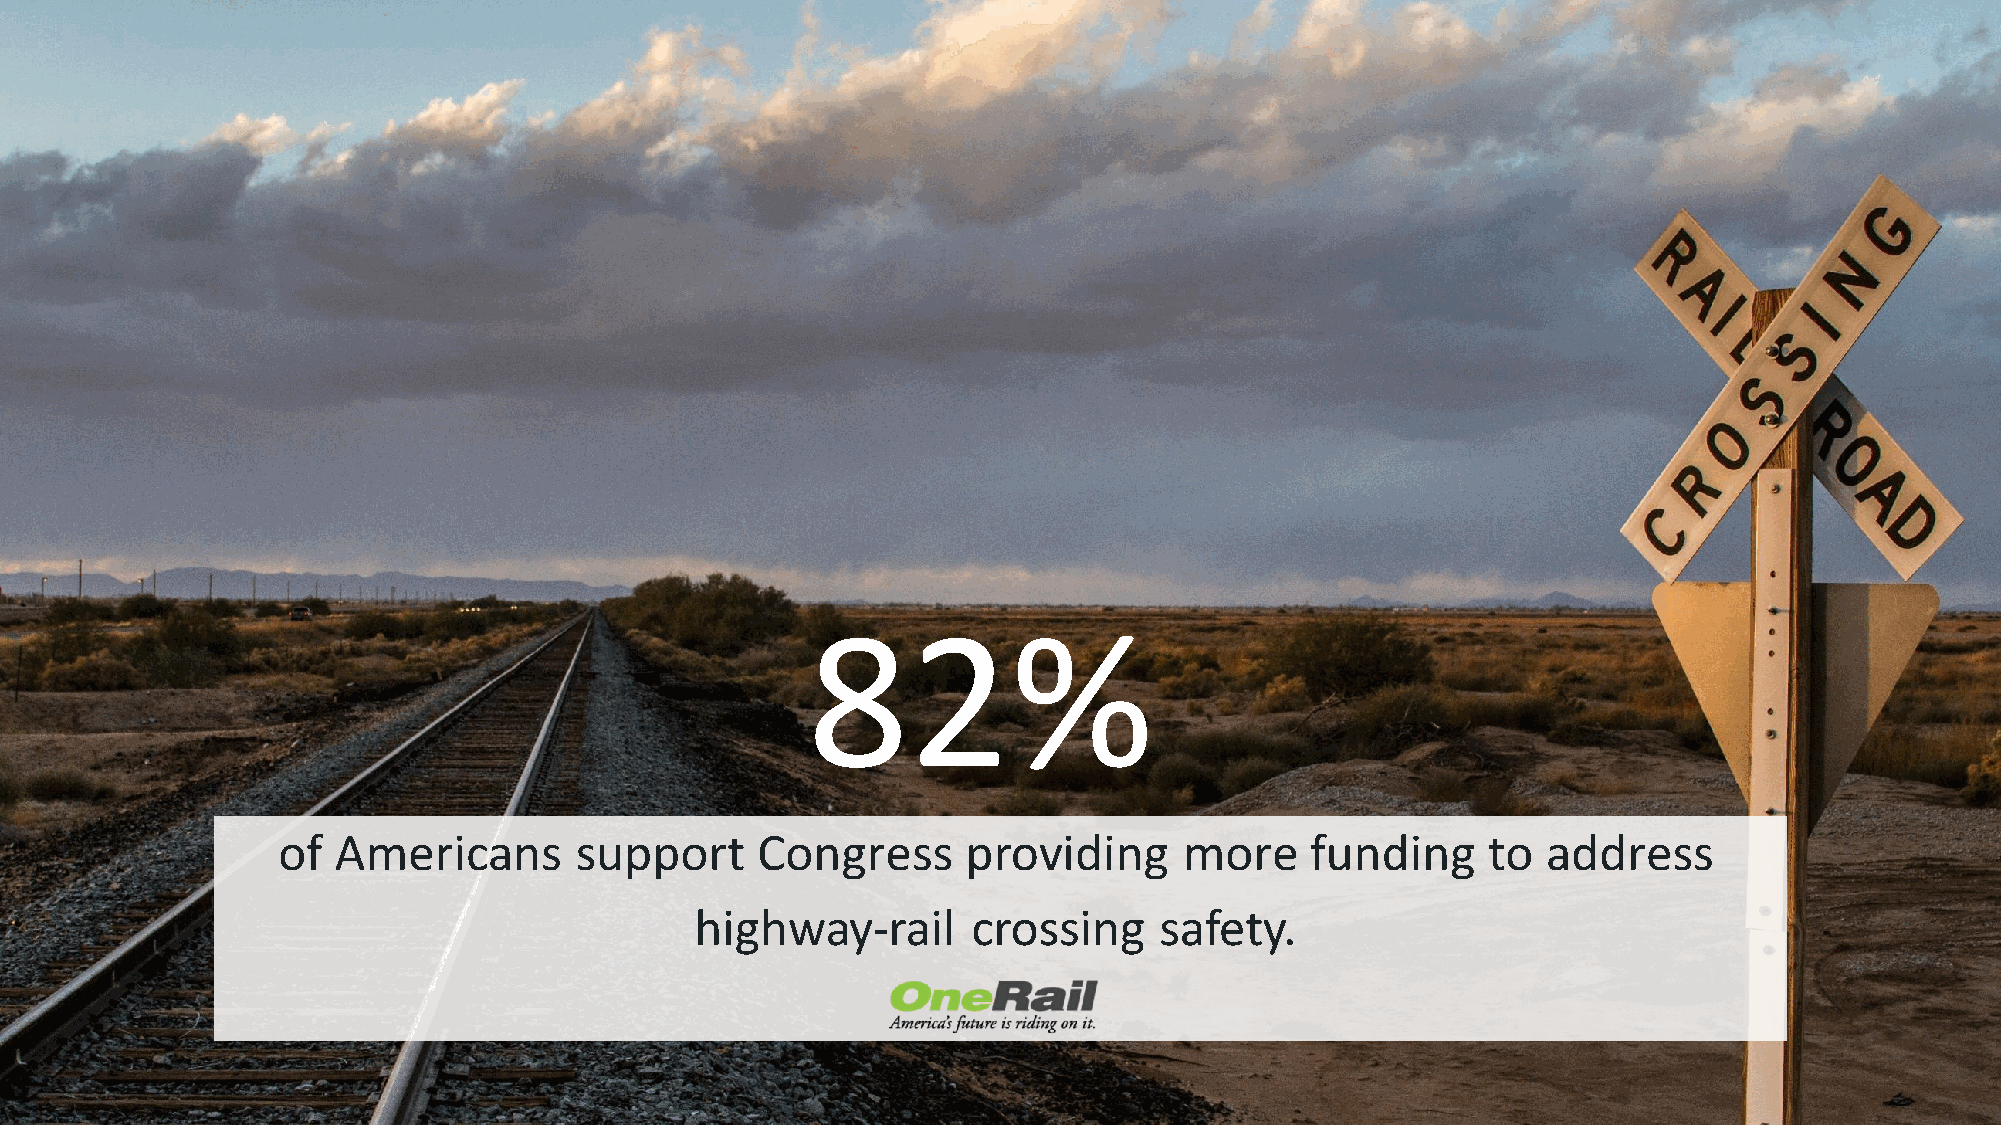
82%
 of  Americans       support     Congress      providing     more     funding    to  address
 highway-rail      crossing     safety.